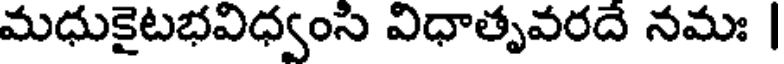
మధుకైటభవిధ్వంసి విధాతృవరదే నమః |